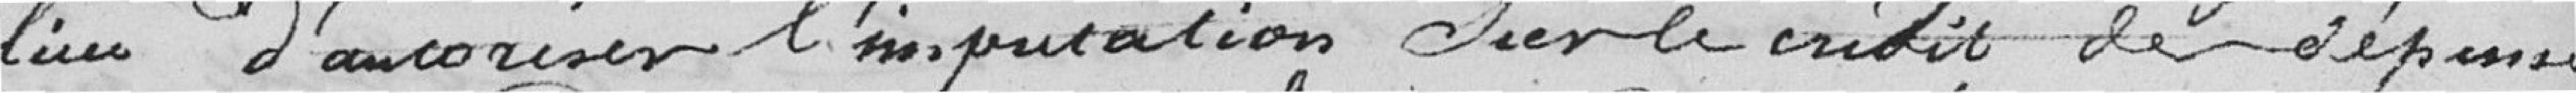
lieu d'autoriser l'imputation sur ce crédit de dépenses